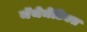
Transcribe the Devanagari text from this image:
मॅथेमेटिक्स